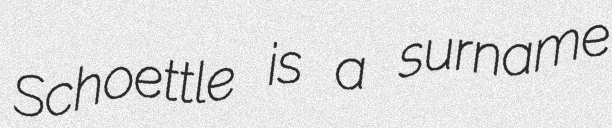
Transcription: Schoettle is a surname